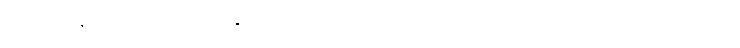
ယင်းသို့ နာကြည်းလာသည်နှင့်အမျှ အဘိုးကြီး ဖာနီဗယ် ပြောပြသည့် စကားလုံးများထဲကို